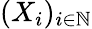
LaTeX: (X_{i})_{i\in\mathbb{N}}